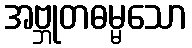
အဗ္ဘုတဓမ္မသော